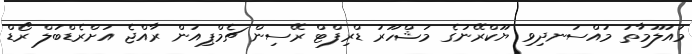
މައުލޫމާތު މުއްސަނދިވި ޔޫކްރޭނުގެ މަޝްހޫރު ޑްރިފްޓް ރޭސިން ޗެމްޕިއަން ރާއްޖެ އަށްރެޑްބުލް ރޯޑް